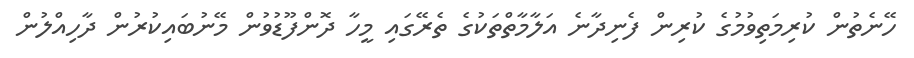
ހޭނެތުން ކުރިމަތިވުމުގެ ކުރިން ފެނިދާނެ އަލާމާތްތަކުގެ ތެރޭގައި މީހާ ދޮންފޫޑުވުން މޭނުބައިކުރުން ދާހިއްލުން